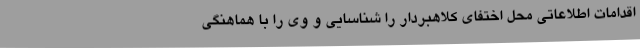
اقدامات اطلاعاتی محل اختفای کلاهبردار را شناسایی و وی را با هماهنگی